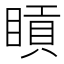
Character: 𥈿